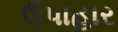
ઉપાહાર